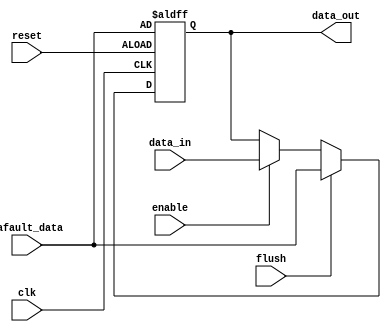
//////////////////////////////////////////////////////////////////////////////////
// Company: ITESO
// Module: Register
// Description: 
// Generic Register Definition.
// Data will be storage every clk rising edge if en is asserted.
// rst assertion will clear stored data.
//////////////////////////////////////////////////////////////////////////////////
module Register_df #(parameter DATA_WIDTH=32)(
data_in,
dafault_data,
reset,
enable,
flush,
clk,
data_out
);

////////////////////////////////////////////////////////////////////////////////////////////
// Inputs and Outputs definitions
////////////////////////////////////////////////////////////////////////////////////////////
input      [(DATA_WIDTH-1):0] data_in;
input      [(DATA_WIDTH-1):0] dafault_data;
input                         reset;
input                         enable;
input                         flush;
input                         clk;
output reg [(DATA_WIDTH-1):0] data_out;

////////////////////////////////////////////////////////////////////////////////////////////
// Always procedural block
////////////////////////////////////////////////////////////////////////////////////////////
always @ (posedge clk, posedge reset)
begin
  if(reset == 1'b1)begin
    data_out <= dafault_data;
  end
  else if (flush == 1'b1)begin
	 data_out <= dafault_data;
	end
  else if (enable == 1'b1) begin
    data_out <= data_in;
  end
  else 
	 data_out <= data_out;
end

initial begin
	data_out = {(DATA_WIDTH){1'b0}};
end
endmodule